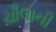
ચૌલાની